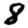
Digit: 8